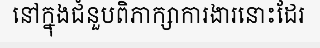
នៅក្នុងជំនួបពិភាក្សាការងារនោះដែរ